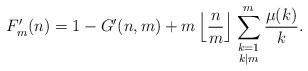
LaTeX: \begin{align*}F'_m(n) = 1 - G'(n,m) + m \left\lfloor \frac{n}{m} \right\rfloor \sum_{\begin{smallmatrix}k=1\\k|m \end{smallmatrix}}^m \frac{\mu(k)}{k}.\end{align*}